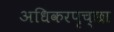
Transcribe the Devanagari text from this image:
अधिकरपृच्छा